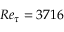
R e _ { \tau } = 3 7 1 6